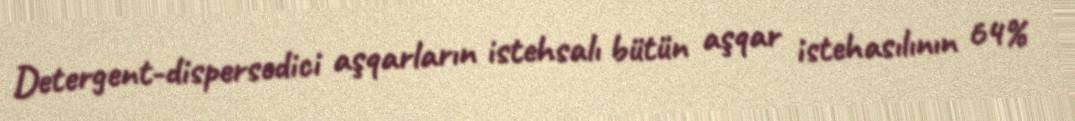
Detergent-dispersedici aşqarların istehsalı bütün aşqar istehasılının 64%